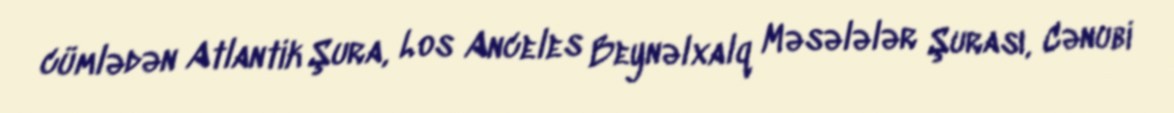
cümlədən Atlantik Şura, Los Anceles Beynəlxalq Məsələlər Şurası, Cənubi